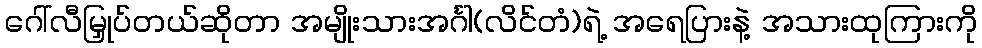
ဂေါ်လီမြှုပ်တယ်ဆိုတာ အမျိုးသားအင်္ဂါ(လိင်တံ)ရဲ့ အရေပြားနဲ့ အသားထုကြားကို